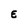
Character: E